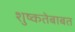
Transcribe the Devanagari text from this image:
शुष्कतेबाबत